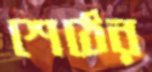
শেঠের